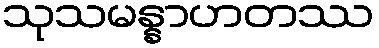
သုသမန္နာဟတဿ